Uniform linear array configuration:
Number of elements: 16
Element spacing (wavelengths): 0.5
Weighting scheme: kaiser
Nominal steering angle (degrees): -45
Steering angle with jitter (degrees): -43.928
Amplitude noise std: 0.05
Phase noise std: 0.05

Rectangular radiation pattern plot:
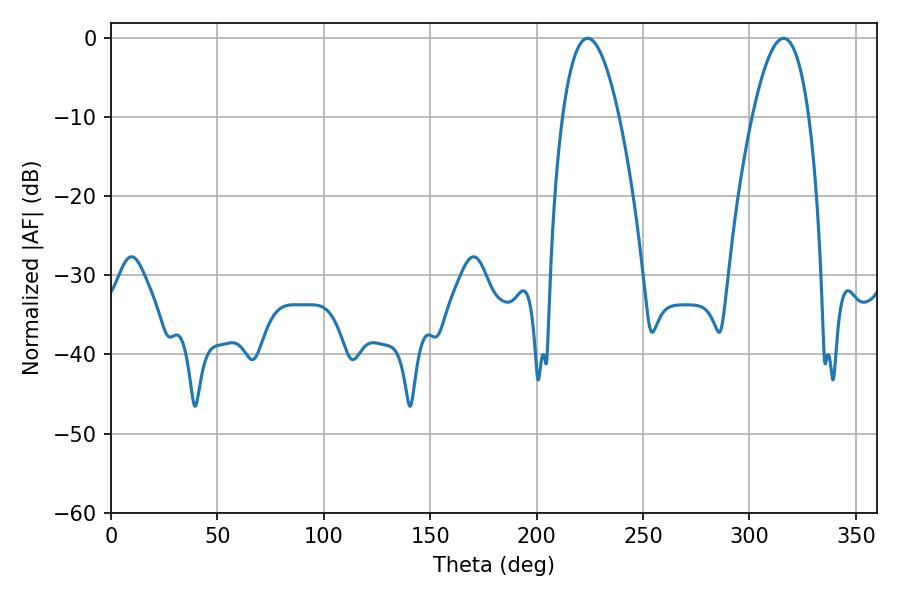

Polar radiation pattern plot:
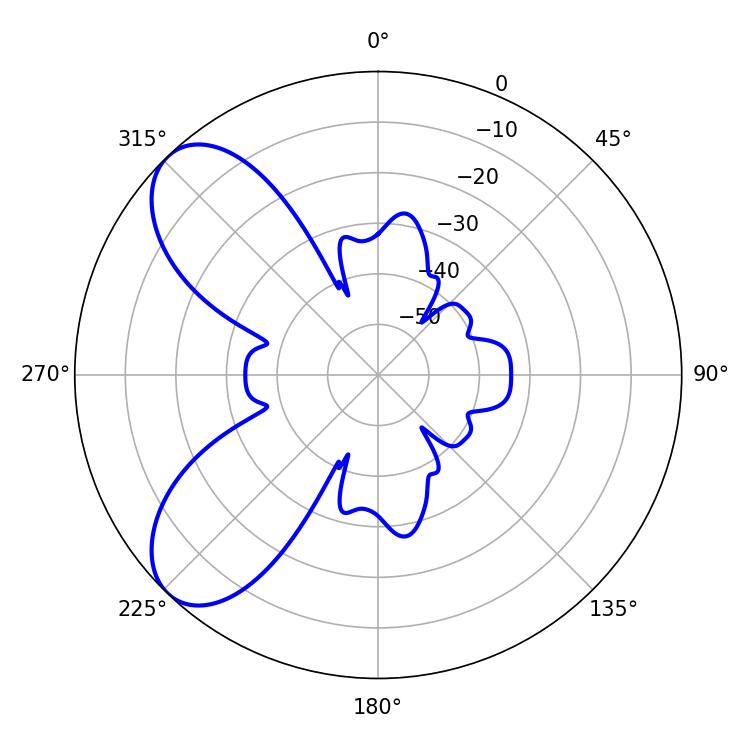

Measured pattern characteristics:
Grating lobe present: FALSE
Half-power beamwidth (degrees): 14.58
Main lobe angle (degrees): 223.92